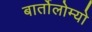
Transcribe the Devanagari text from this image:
बार्तोलोम्यो